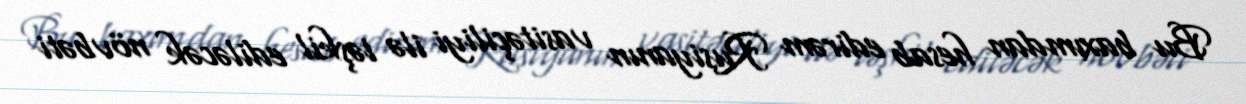
Bu baxımdan hesab edirəm Rusiyanın vasitəçiliyi ilə təşkil ediləcək növbəti